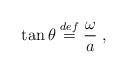
LaTeX: \begin{align*}\tan\theta \stackrel{def}{=} \frac{\omega}{a}\;,\end{align*}